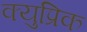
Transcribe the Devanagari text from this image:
क्युप्रिक